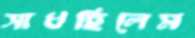
সাধছিলেম